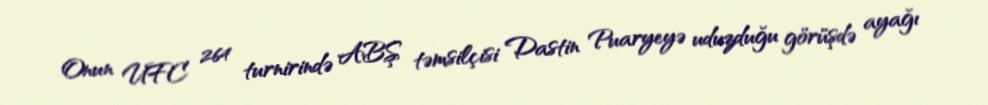
Onun UFC 264 turnirində ABŞ təmsilçisi Dastin Puaryeyə uduzduğu görüşdə ayağı